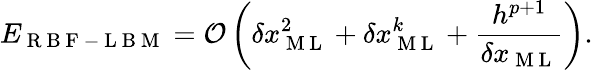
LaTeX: E_{\mathrm{~R~B~F~-~L~B~M~}}=\mathcal{O}\left(\delta x_{\mathrm{~M~L~}}^{2}+\delta x_{\mathrm{~M~L~}}^{k}+\frac{h^{p+1}}{\delta x_{\mathrm{~M~L~}}}\right).